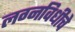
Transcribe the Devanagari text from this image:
लग्नविधीचे